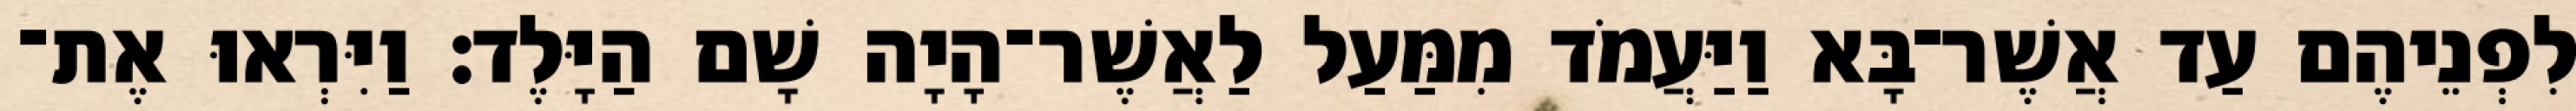
לִפְנֵיהֶם עַד אֲשֶׁר־בָּא וַיַּעֲמֹד מִמַּעַל לַאֲשֶׁר־הָיָה שָׁם הַיָּלֶד׃ וַיִּרְאוּ אֶת־